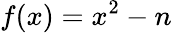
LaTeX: f(x)=x^{2}-n